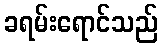
ခရမ်းရောင်သည်